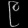
Digit: ၉